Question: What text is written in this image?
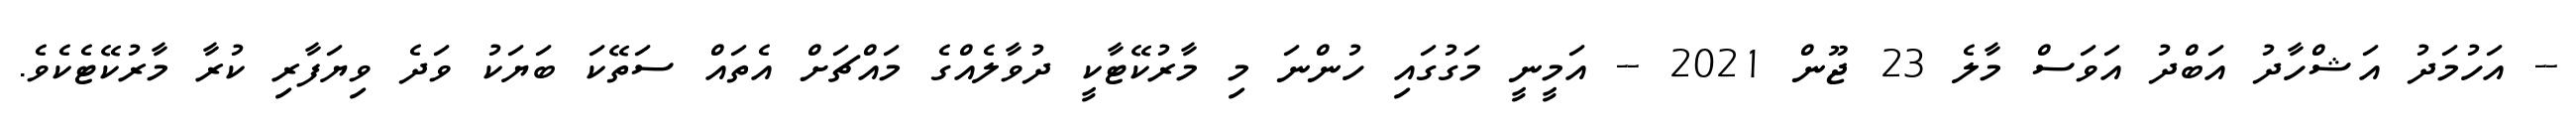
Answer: -- އަހުމަދު އަޝްހާދު އަބްދު އަވަސް މާލެ 23 ޖޫން 2021 -- އަމީނީ މަގުގައި ހުންނަ މި މާރުކޭޓާކީ ދުވާލެއްގެ މައްޗަށް އެތައް ސަތޭކަ ބަޔަކު ވަދެ ވިޔަފާރި ކުރާ މާރުކޭޓެކެވެ.